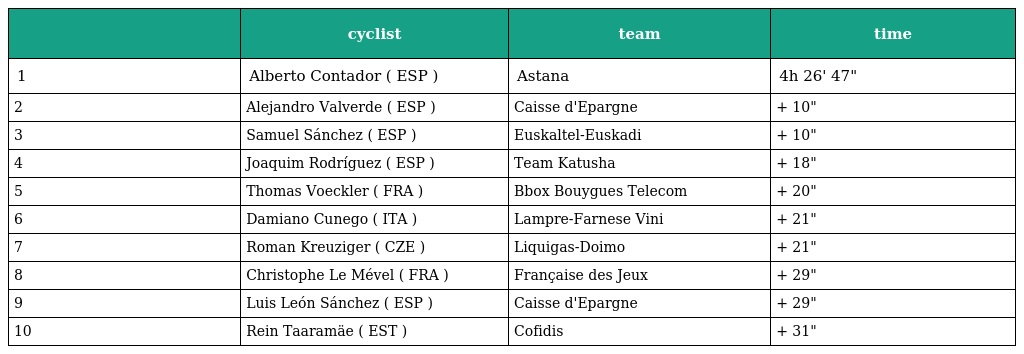
|  | cyclist | team | time |
 | --- | --- | --- | --- |
 | 1 | Alberto Contador ( ESP ) | Astana | 4h 26' 47" |
 | 2 | Alejandro Valverde ( ESP ) | Caisse d'Epargne | + 10" |
 | 3 | Samuel Sánchez ( ESP ) | Euskaltel-Euskadi | + 10" |
 | 4 | Joaquim Rodríguez ( ESP ) | Team Katusha | + 18" |
 | 5 | Thomas Voeckler ( FRA ) | Bbox Bouygues Telecom | + 20" |
 | 6 | Damiano Cunego ( ITA ) | Lampre-Farnese Vini | + 21" |
 | 7 | Roman Kreuziger ( CZE ) | Liquigas-Doimo | + 21" |
 | 8 | Christophe Le Mével ( FRA ) | Française des Jeux | + 29" |
 | 9 | Luis León Sánchez ( ESP ) | Caisse d'Epargne | + 29" |
 | 10 | Rein Taaramäe ( EST ) | Cofidis | + 31" |